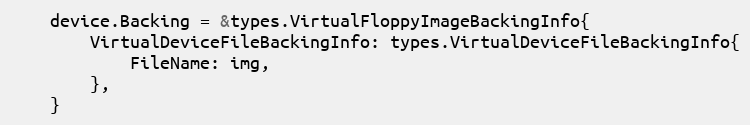
Language: Go
	device.Backing = &types.VirtualFloppyImageBackingInfo{
		VirtualDeviceFileBackingInfo: types.VirtualDeviceFileBackingInfo{
			FileName: img,
		},
	}